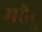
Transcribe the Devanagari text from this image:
महेंद्रु